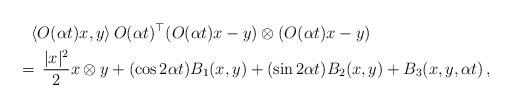
LaTeX: \begin{align*}&~~~ \langle O(\alpha t) x, y \rangle \, O(\alpha t)^{\top} (O(\alpha t)x-y)\otimes(O(\alpha t)x-y) \\& \,=\, \frac{|x|^2}{2} x\otimes y + (\cos 2\alpha t)B_1(x,y) + (\sin 2\alpha t)B_2(x,y) + B_3 (x,y,\alpha t)\,,\end{align*}